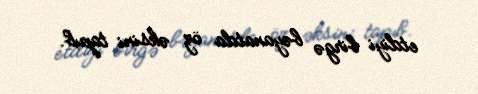
etdiyi birgə bəyanatda öz əksini tapıb.